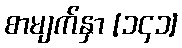
စာမျက်နှာ [၁၄၁]